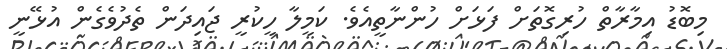
މިބޮޑު އިމާރާތް ހުރިގޮތަށް ފަޅަށް ހުންނާތީއެވެ. ކަމީލާ ހީކުރީ ޖައިދަން ތެދުވެގެން އުޅޭނީ